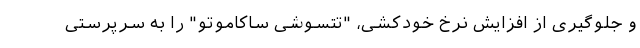
و جلوگیری از افزایش نرخ خودکشی‌، "تتسوشی ساکاموتو" را به سرپرستی